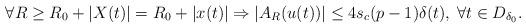
LaTeX: \begin{align*}\forall R \ge R_0 + |X(t)|= R_0+ |x(t)| \Rightarrow |A_R(u(t))| \le 4s_c(p-1) \delta(t),\; \forall t \in D_{\delta_0}.\end{align*}